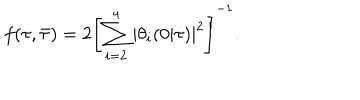
f ( \tau , \bar { \tau } ) = 2 \left[ \sum _ { i = 2 } ^ { 4 } | \theta _ { i } ( 0 | \tau ) | ^ { 2 } \right] ^ { - 1 } .